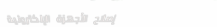
إصلاح الأجهزة الإلكترونية